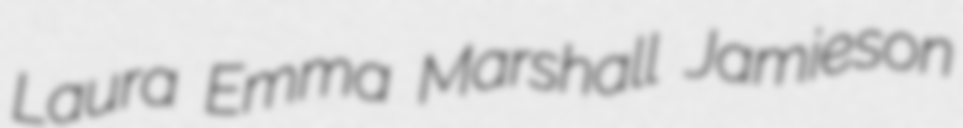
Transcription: Laura Emma Marshall Jamieson